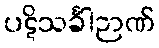
ပဋိသင်္ခါဉာဏ်